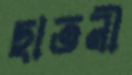
ছাতনী